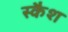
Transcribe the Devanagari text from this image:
स्कैश